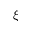
\xi